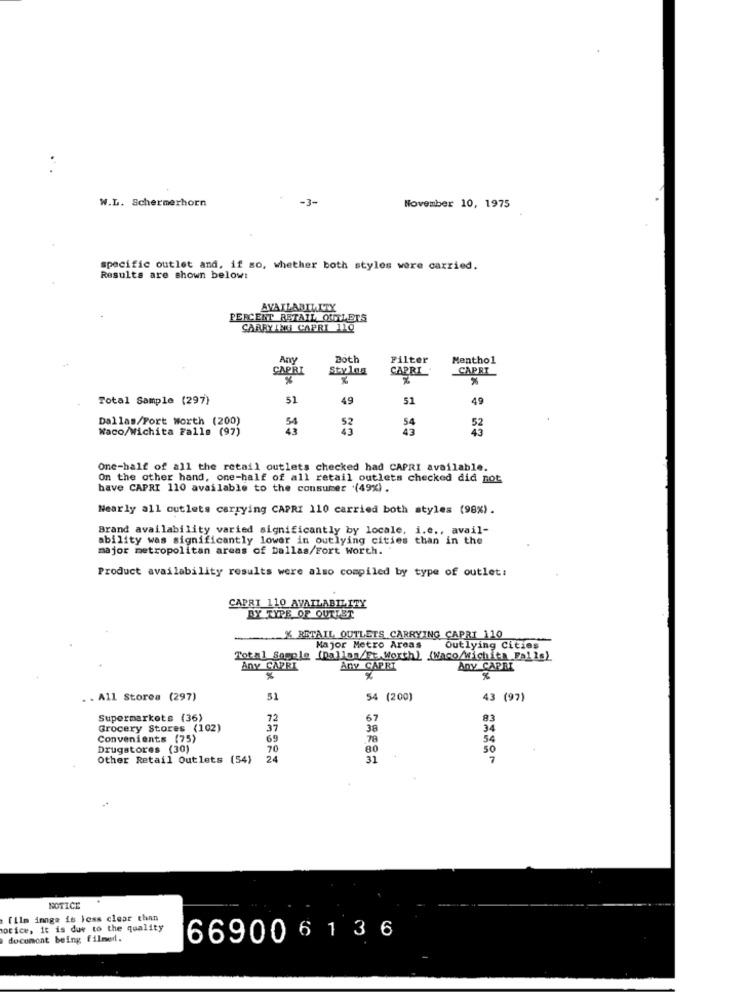
W.L. Schermerhorn
-3-
November 10, 1975
specific outlet and, if so, whether both styles were carried.
Results are shown below:
AVAILABILITY
PERCENT RETAIL OUTLETS
CARRYING CAPRI 110
Any
Doth
Filter
Menthol
CAPRI
Sty 108
CAPRI
CAPRI
%
%
Total Sample (297)
51
49
51
49
Dallas/Fort worth (200)
54
54
Waco/Wichita Falls (97)
43
43
One-half of all the retail outlets checked had CAPRI available.
On the other hand, one-half of all retail outlets checked did not
have CAPRI 110 available to the consumer (49%) .
Nearly all outlets carrying CAPRI 110 carried both styles (98%).
Brand availability varied significantly by locale, i.e ., avail-
ability was significantly lower in outlying cities than in the
major metropolitan areas of Dallas/Fort Worth. "
Product availability results were also compiled by type of outlet:
CAPRI 110 AVAILABILITY
BY TYPE OF OUTLET
% RETAIL OUTLETS CARRYING CAPRI 110
Major Metro Areas
Out lying Cities
Total Sample (Dallan/Ft.Worth) [Waco/Wichita Falls)
Any CAPRI
Any CAPRI
Any CAPRI
. . All Stores (297)
51
54 (200)
43 (97)
Supermarkets (36)
72
Grocery Stores (102)
37
Convenients (75)
69
.78
54
Drugstores (30)
70
80
Other Retail Outlets (54)
24
31
NOTICE
film image is less clear than
notice, it is due to the quality
docoment being filmed.
66900 6 1 3 6